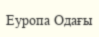
Еуропа Одағы